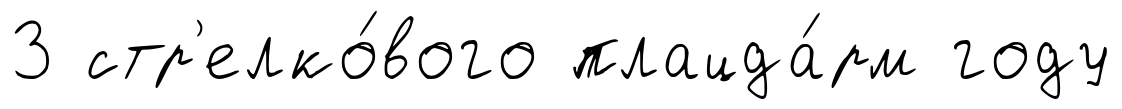
3 стр'елко́вого плацда́рм году